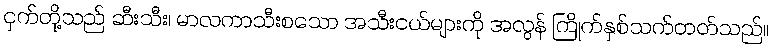
ငှက်တို့သည် ဆီးသီး၊ မာလကာသီးစသော အသီးငယ်များကို အလွန် ကြိုက်နှစ်သက်တတ်သည်။